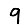
Digit: 9